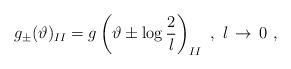
LaTeX: \begin{align*}g_{\pm }(\vartheta )_{II}=g\left( \vartheta \pm \log \displaystyle\frac{2}{l}\right) _{II}\, \, ,\, \, l\, \rightarrow \, 0\, \, ,\end{align*}